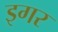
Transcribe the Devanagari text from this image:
इगर